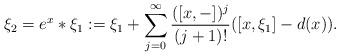
LaTeX: \begin{align*}\xi_2=e^x*\xi_1:=\xi_1+\sum_{j=0}^{\infty}\frac{([x,-])^j}{(j+1)!}([x,\xi_1]-d(x)).\end{align*}